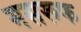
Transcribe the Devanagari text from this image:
मसरूफ